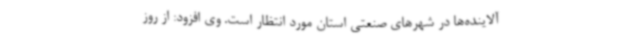
آلاینده‌ها در شهرهای صنعتی استان مورد انتظار است. وی افزود: از روز